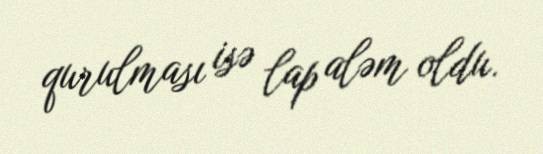
qurulması isə lap aləm oldu.